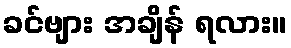
ခင်ဗျား အချိန် ရလား။